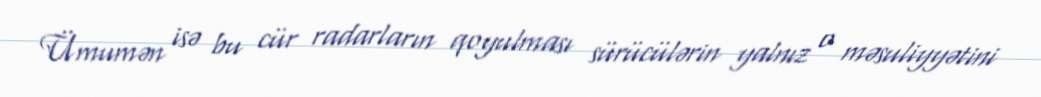
Ümumən isə bu cür radarların qoyulması sürücülərin yalnız o məsuliyyətini